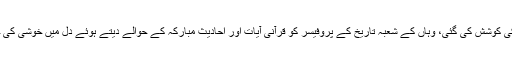
جس ملک میں مذہب کو زندگی کے ہر گوشے سے نکالنے کی کوشش کی گئی، وہاں کے شعبہ تاریخ کے پروفیسر کو قرآنی آیات اور احادیث مبارکہ کے حوالے دیتے ہوئے دل میں خوشی کی جو لہریں اٹھ رہیں تھیں،ان کو الفاظ میں بیان کرنا ممکن نہیں۔